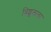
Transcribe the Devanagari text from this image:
त्रिशूलाला